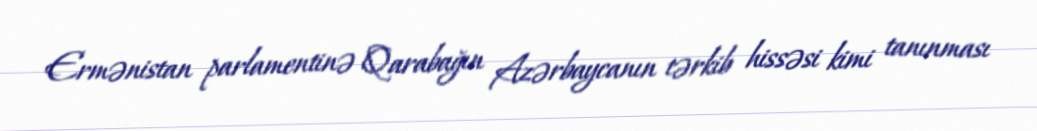
Ermənistan parlamentinə Qarabağın Azərbaycanın tərkib hissəsi kimi tanınması